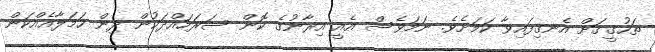
ތަހުގީގަށް އެނގިފައިވާ ކަމަށެވެ. ނަމަވެސް އެއީ އިރާނުގެ ކޮން ސަރަހައްދަކުން ދިން ހަމަލާއެއްކަން